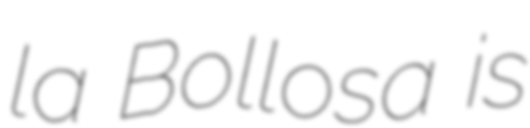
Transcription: la Bollosa is